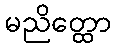
မညိတ္ထော